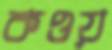
কওয়